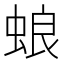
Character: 蜋